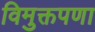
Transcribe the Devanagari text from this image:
विमुक्तपणा